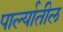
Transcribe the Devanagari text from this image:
पार्ल्यातील